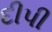
દીપી